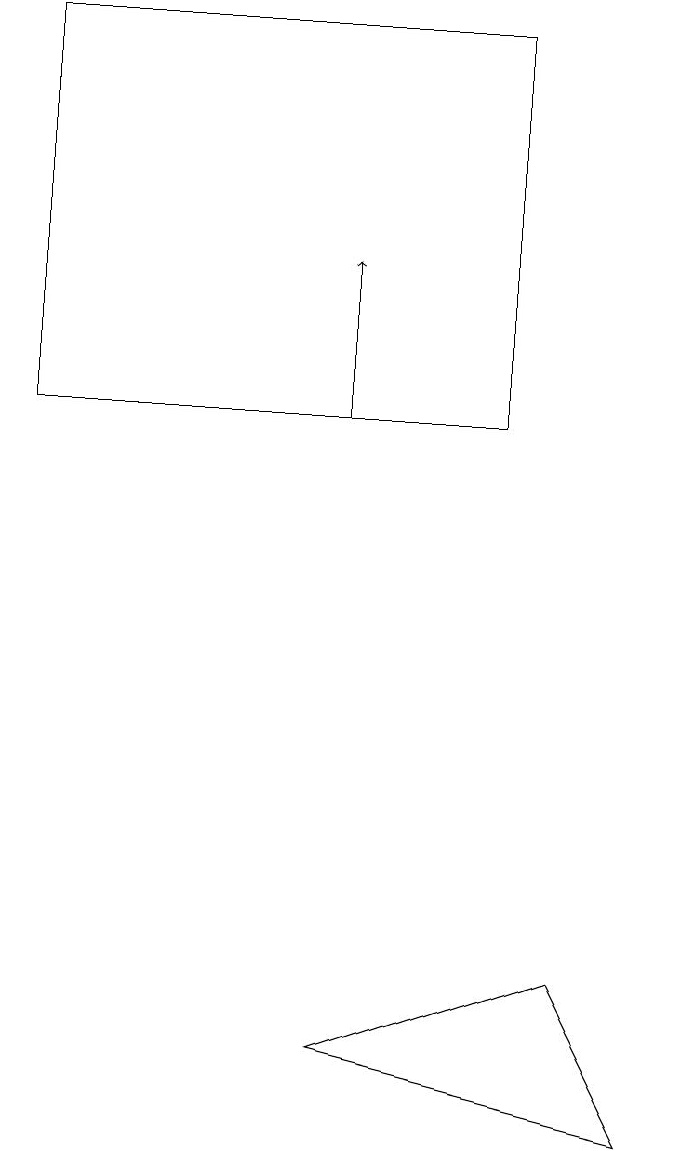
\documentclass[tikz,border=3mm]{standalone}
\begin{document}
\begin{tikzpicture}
\draw (1,12) rectangle (7,17);
\draw (5,4) -- (9,3) -- (8,5) -- cycle;
\draw[->] (5,12) -- (5,14);
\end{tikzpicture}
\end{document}